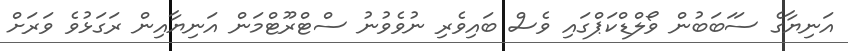
އަނިޔާގެ ސަަބަބުން ވޯލްޑްކަޕްގައި ވެސް ބައިވެރި ނުވެވުނު ސްޓްރޫޓްމަން އަނިޔާއިން ރަގަޅުވެ ވަރަށް